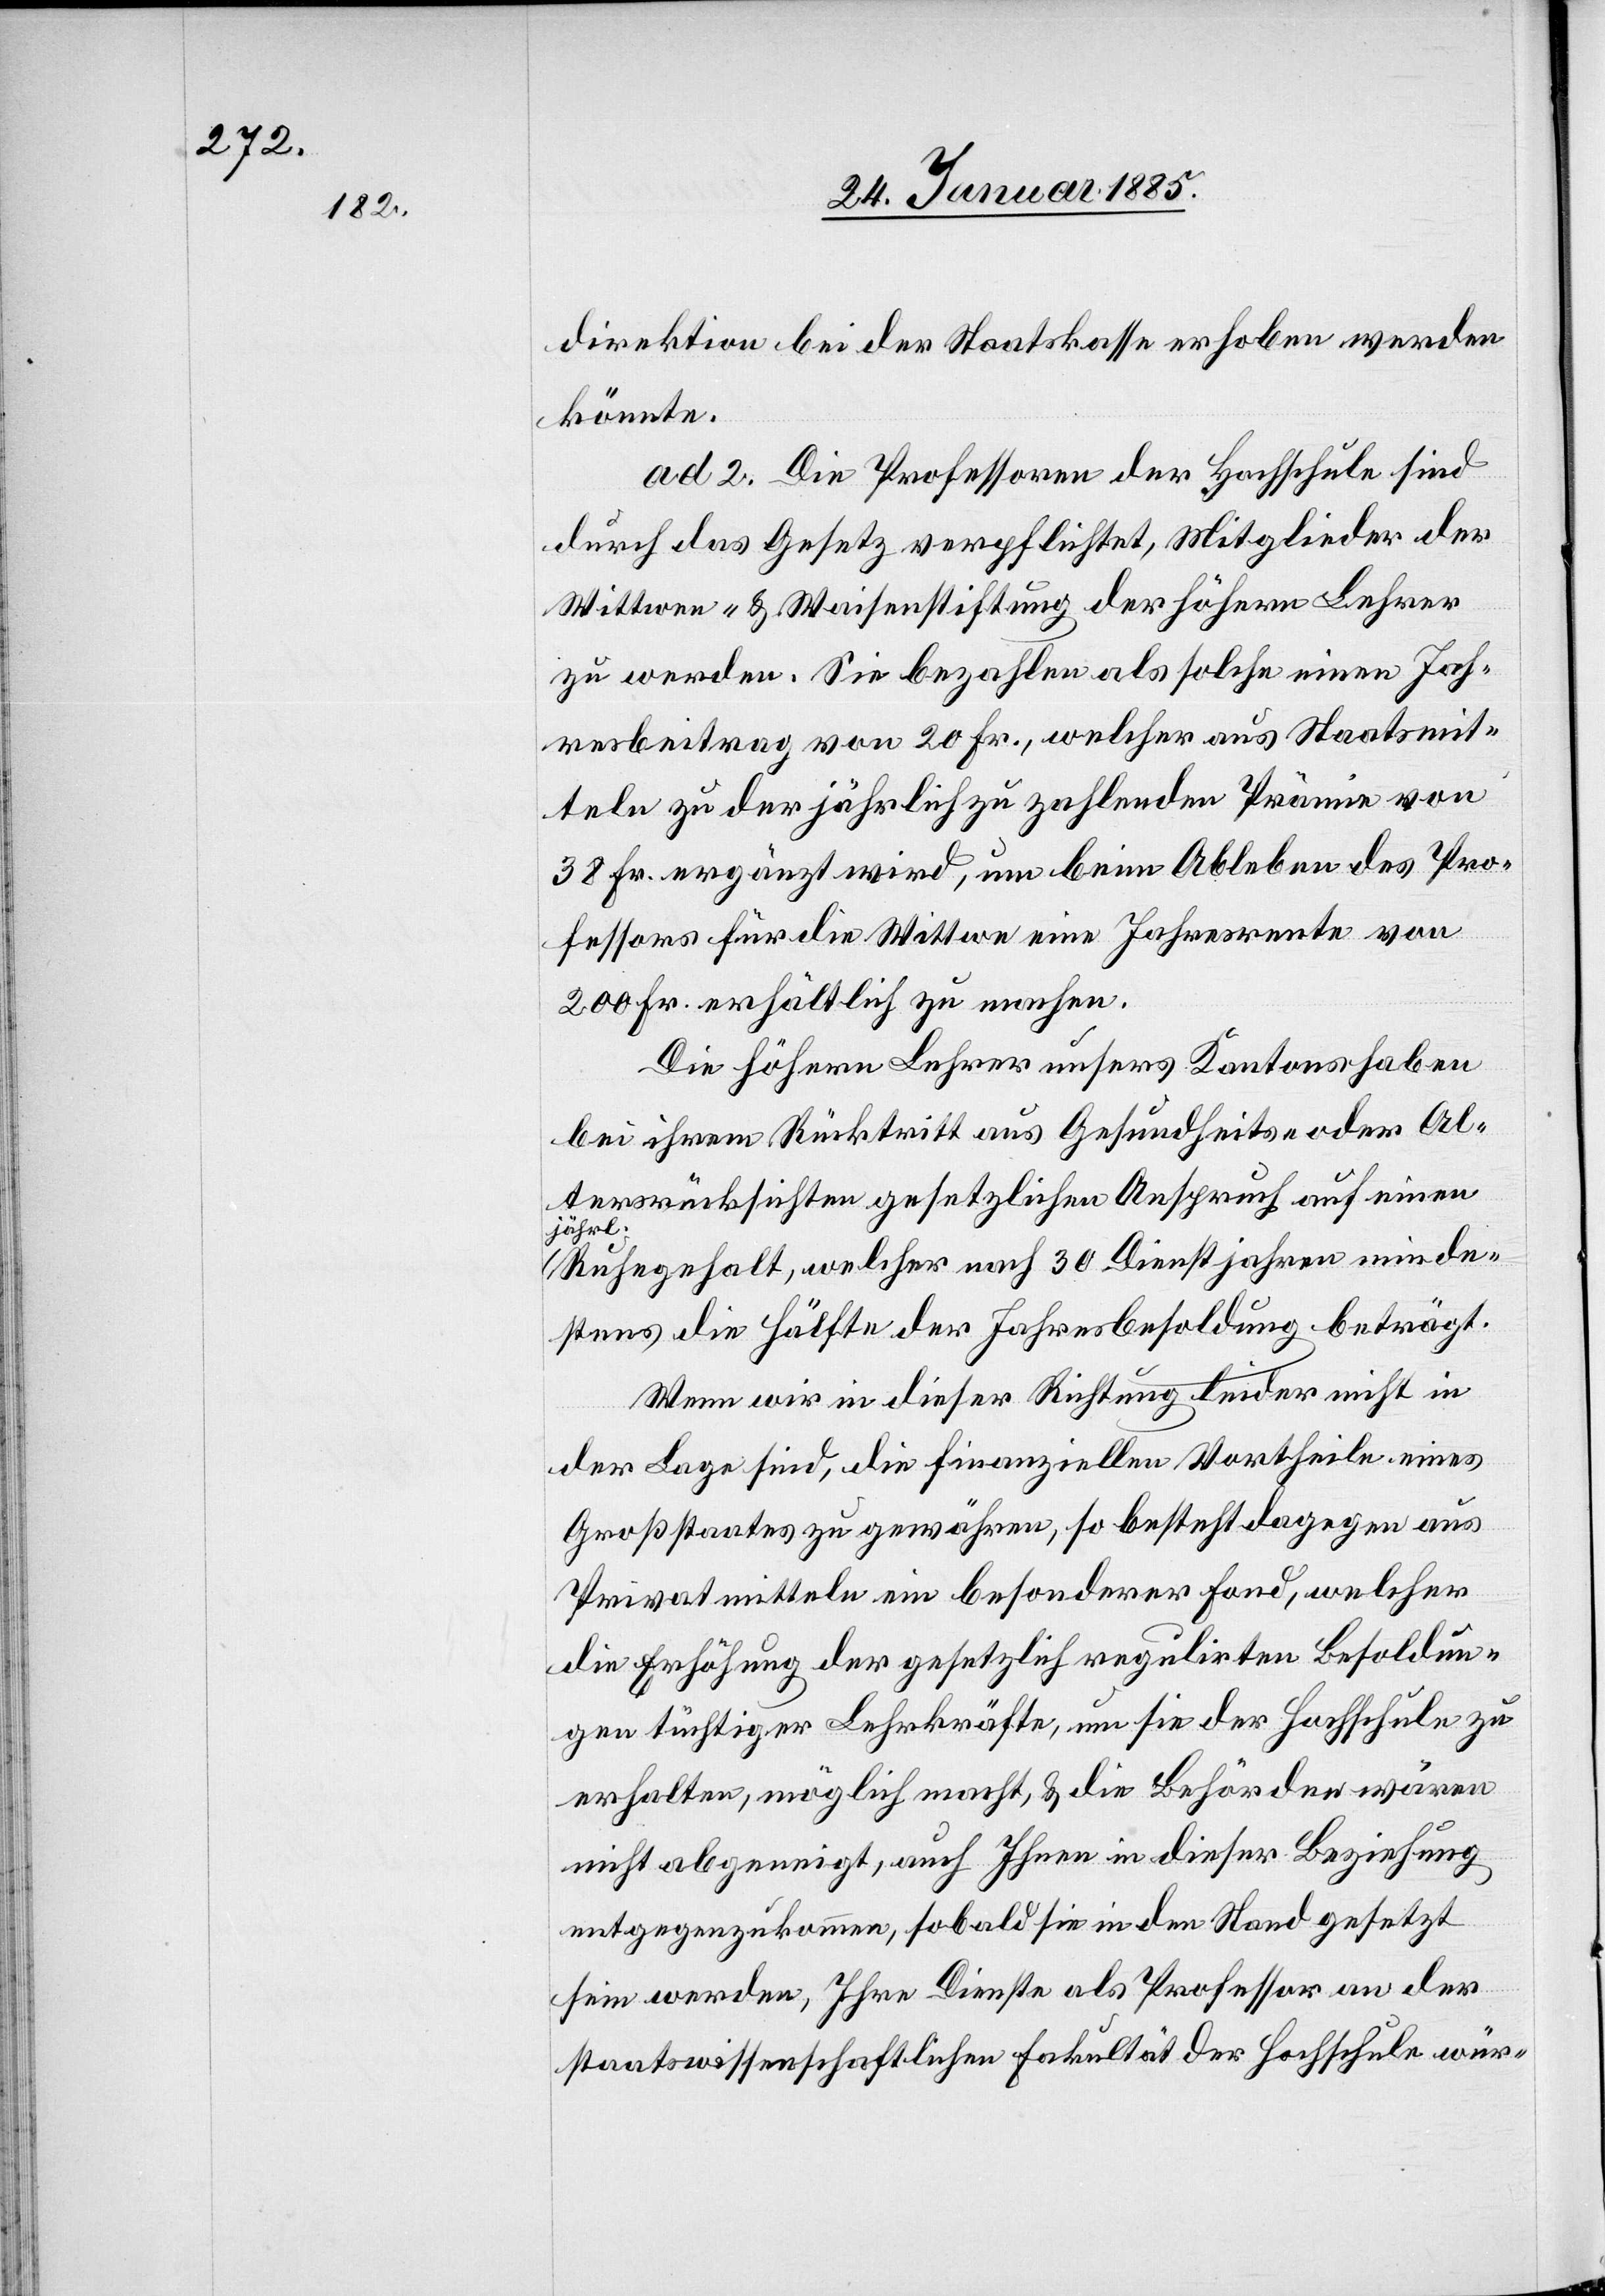
direktion bei der Staatskasse erhoben werden
könnte.
ad 2. Die Professoren der Hochschule sind
durch das Gesetz verpflichtet, Mitglieder der
Wittwen- & Waisenstiftung der höhern Lehrer
zu werden. Sie bezahlen als solche einen Jah¬
resbeitrag von 20 Fr., welcher aus Staatsmit¬
teln zu der jährlich zu zahlenden Prämie von
38 Fr. ergänzt wird, um beim Ableben des Pro¬
fessors für die Wittwe eine Jahresrente von
200 Fr. erhältlich zu machen.
Die höhern Lehrer unsers Kantons haben
bei ihrem Rückstritt aus Gesundheits- oder Alte¬
rsrücksichten gesetzlichen Anspruch auf einen
jährl.
Ruhegehalt, welcher nach 30 Dienstjahren minde¬
stens die Hälfte der Jahresbesoldung beträgt.
Wenn wir in dieser Richtung leider nicht in
der Lage sind, die finanziellen Vortheile eines
Großstaates zu gewähren, so besteht dagegen aus
Privatmitteln ein besonderer Fond, welcher
die Erhöhung der gesetzlich regulirten Besoldun¬
gen tüchtiger Lehrkräfte, um sie der Hochschule zu
erhalten, möglich macht, & die Behörden wären
nicht abgeneigt, auch Ihnen in dieser Beziehung
entgegenzukommen, sobald sie in den Stand gesetzt
sein werden, Ihre Dienste als Professor an der
staatswissenschaftlichen Fakultät der Hochschule wür-